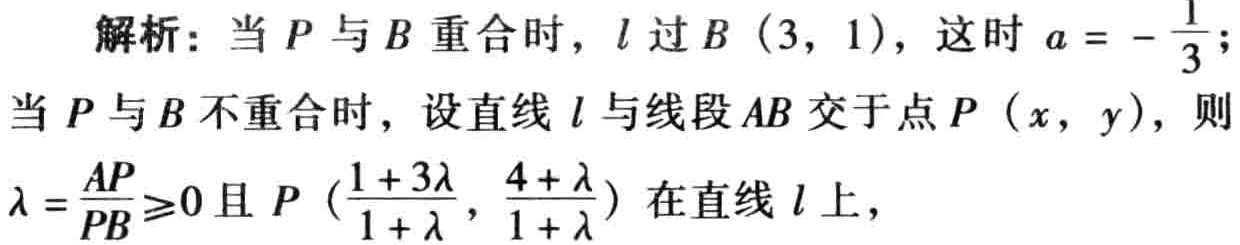
解析：当 \(P\) 与 \(B\) 重合时，\(l\) 过 \(B(3,1)\)，这时 \(a = -\frac{1}{3}\)；

当 \(P\) 与 \(B\) 不重合时，设直线 \(l\) 与线段 \(AB\) 交于点 \(P(x,y)\)，则

\(\lambda =\frac{AP}{PB}\geqslant0\) 且 \(P(\frac{1 + 3\lambda}{1 + \lambda},\frac{4 + \lambda}{1 + \lambda})\) 在直线 \(l\) 上，